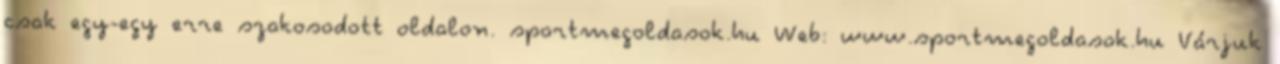
csak egy-egy erre szakosodott oldalon. sportmegoldasok.hu Web: www.sportmegoldasok.hu Várjuk